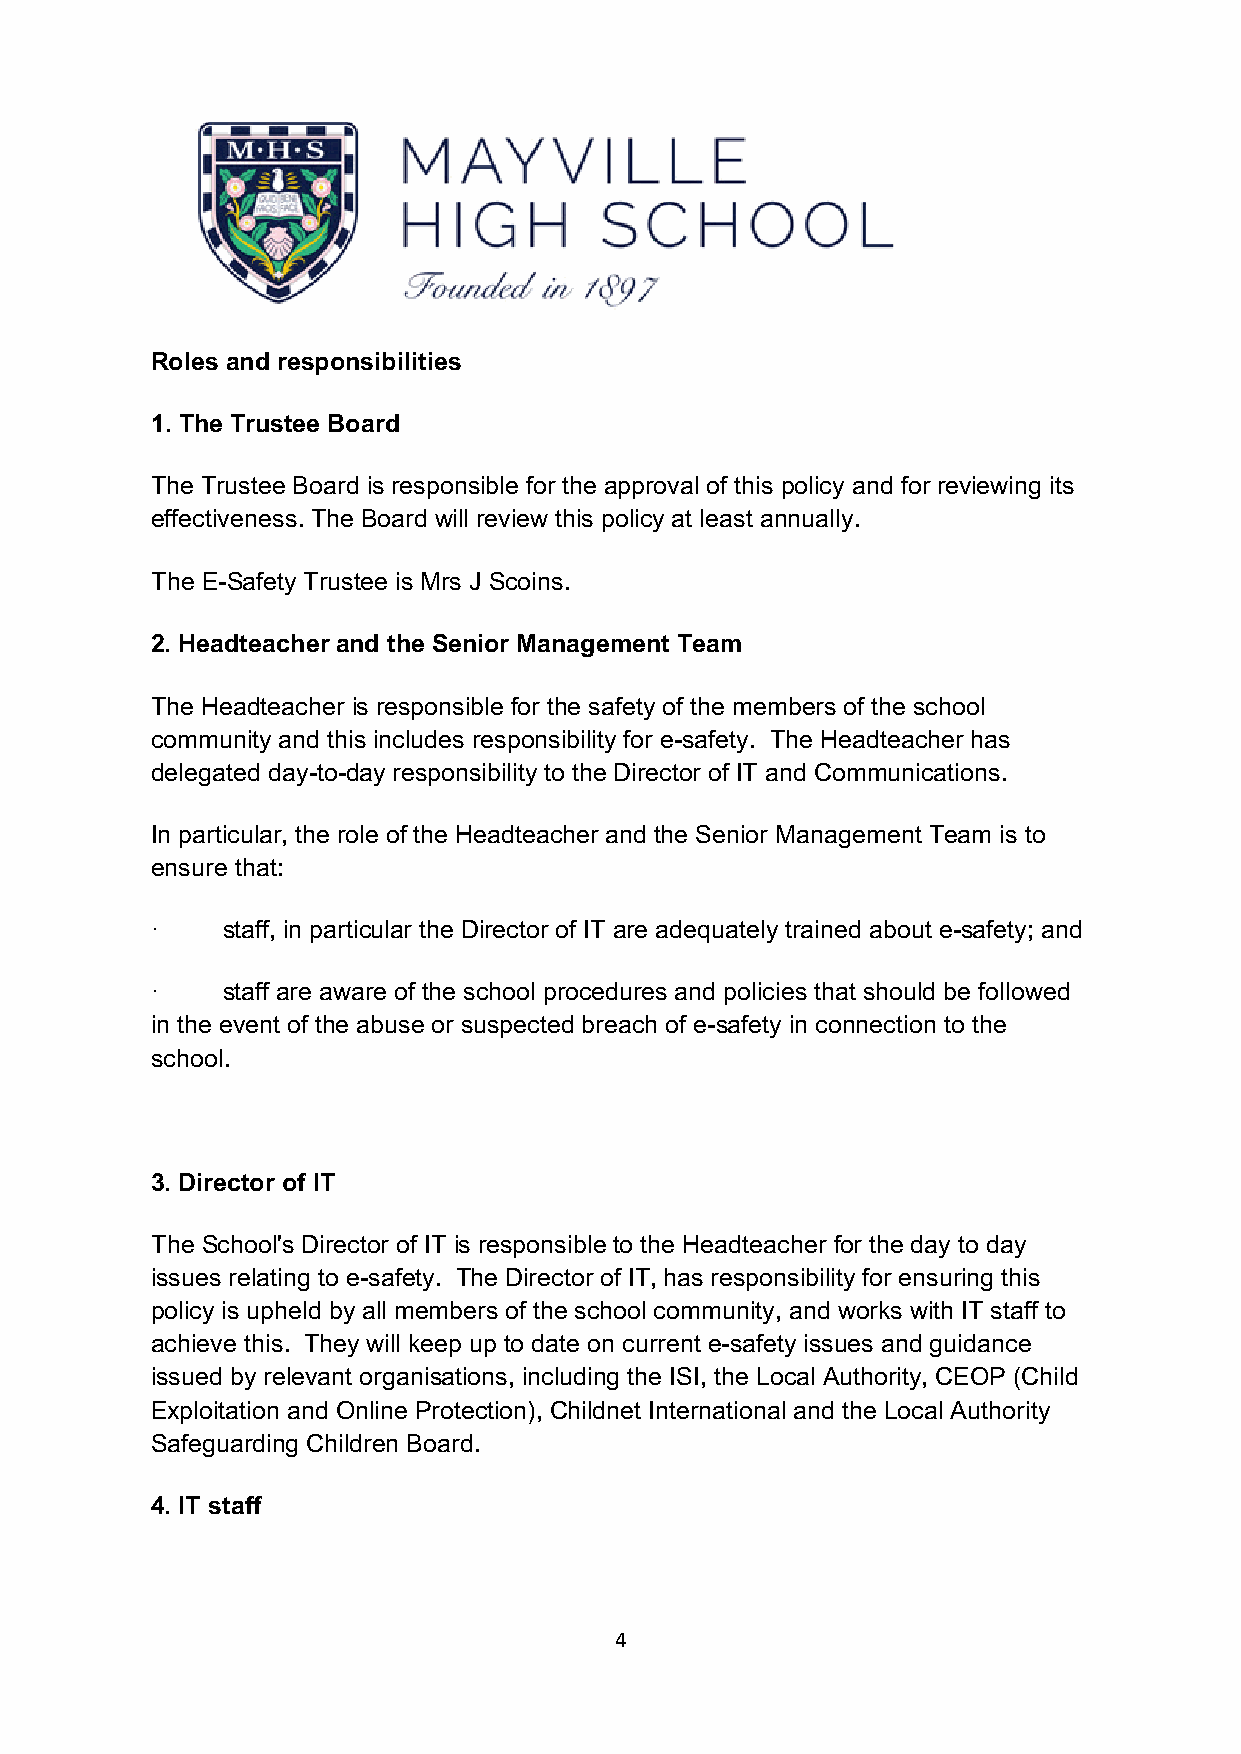
Roles and responsibilities
 1. The Trustee Board
 The Trustee Board is responsible for the approval of this policy and for reviewing its
 effectiveness. The Board will review this policy at least annually.
 The E-Safety Trustee is Mrs J Scoins.
 2. Headteacher and the Senior Management Team
 The Headteacher is responsible for the safety of the members of the school
 community and this includes responsibility for e-safety. The Headteacher has
 delegated day-to-day responsibility to the Director of IT and Communications.
 In particular, the role of the Headteacher and the Senior Management Team is to
 ensure that:
 ·    staff, in particular the Director of IT are adequately trained about e-safety; and
 ·    staff are aware of the school procedures and policies that should be followed
 in the event of the abuse or suspected breach of e-safety in connection to the
 school.
 3. Director of IT
 The School's Director of IT is responsible to the Headteacher for the day to day
 issues relating to e-safety. The Director of IT, has responsibility for ensuring this
 policy is upheld by all members of the school community, and works with IT staff to
 achieve this. They will keep up to date on current e-safety issues and guidance
 issued by relevant organisations, including the ISI, the Local Authority, CEOP (Child
 Exploitation and Online Protection), Childnet International and the Local Authority
 Safeguarding Children Board.
 4. IT staff
 4